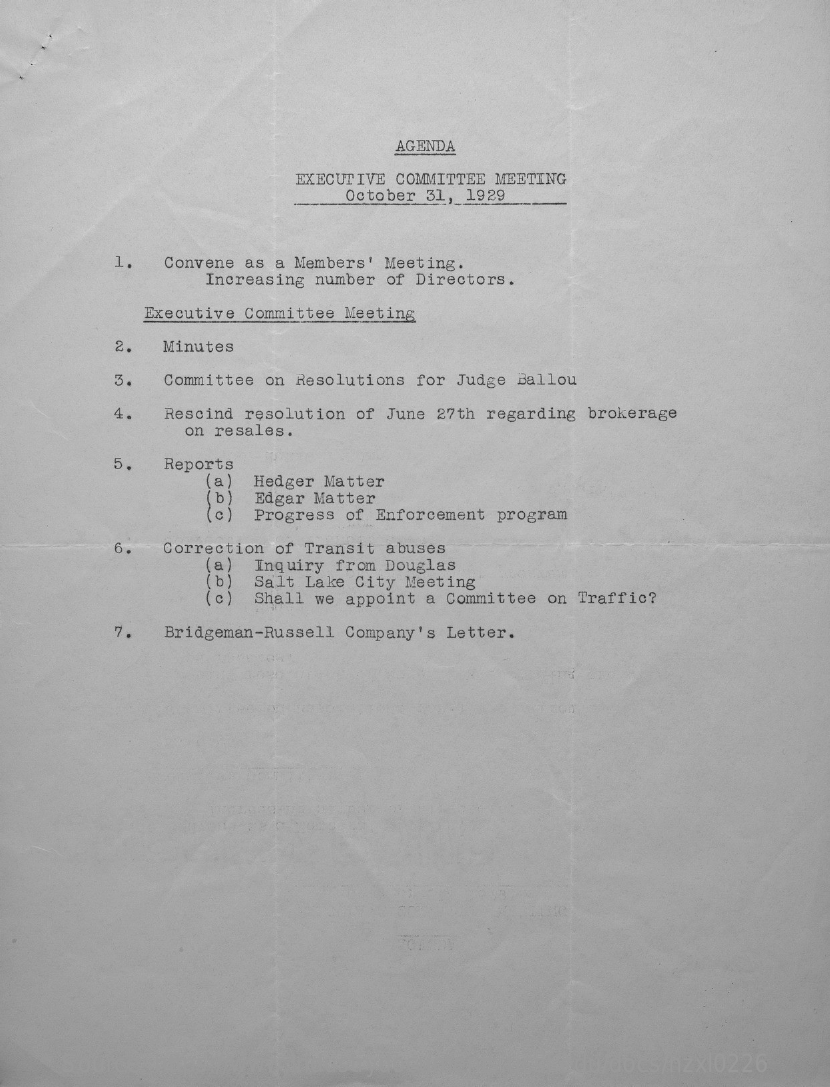
AGENDA
     EXECUTIVE COMMITTEE MEETING
     October 31, 1929
     1.  Convene as a Members' Meeting.
     Increasing number of Directors.
     Executive Committee Meeting
     2.  Minutes
     3.  Committee on Resolutions for Judge Ballou
     Rescind resolution of June 27th regarding brokerage
     on resales.
     5.  Reports
     a
     b
     Hedger Matter
     Edgar Matter
     Progress of Enforcement program
     6.  Correction of Transit abuses
     a
     b
     Inquiry from Douglas
     ( c )
     Salt Lake City Meeting
     Shall we appoint a Committee on Traffic?
     7.  Bridgeman-Russell Company's Letter.
     Source: https://www.industrydocuments.ucsf.edu/docs/nzxl0226